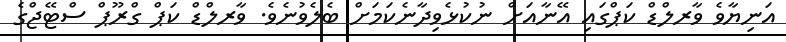
އަނިޔާވެ ވާރލްޑް ކަޕްގައި އޭނާއަށް ނުކުޅެވިދާނެކަމަށް ބެލެވުނެވެ. ވާރލްޑް ކަޕް ގްރޫޕް ސްޓޭޖްގެ